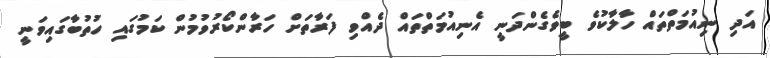
އަދި ނިއުމަތްތައް ހާލާކުވެ ބީވެގެންދަނީ އެނިއުމަތްތައް ދެއްވި ފަރާތަށް ހަރާންކޯރުވުމުން ކަމުގައި ހުތުބާގައިވަނީ